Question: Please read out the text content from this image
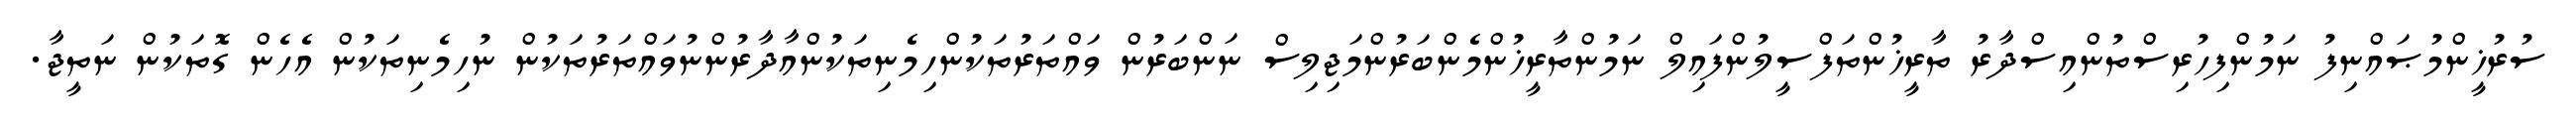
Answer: ސުރުޚީންމުޞައްނިފު ނަމުންފިހުރިސްތުންއިސްދާރު ތާރީޚުންތަފްސީލުންފައިލް ނަމުންތާރީޚުންމެންބަރުންމަޖިލިސް ނަންބަރުން ވައްތަރުތަކުންހިމެނިތަކުންއާދާރުންނުވައްތަރުތަކުން ނުހިމެނިތަކުން އެހެން ގޮތަކުން ނަތީޖާ.